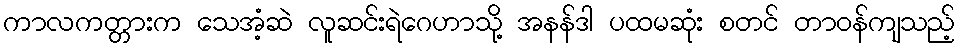
ကာလကတ္တားက သေအံ့ဆဲ လူဆင်းရဲဂေဟာသို့ အနန်ဒါ ပထမဆုံး စတင် တာဝန်ကျသည့်